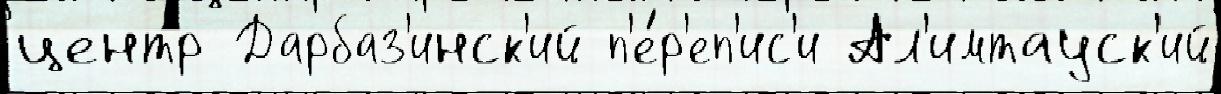
центр Дарбаз'инск'ий п'е́р'еп'ис'и Ал'имтауск'ий